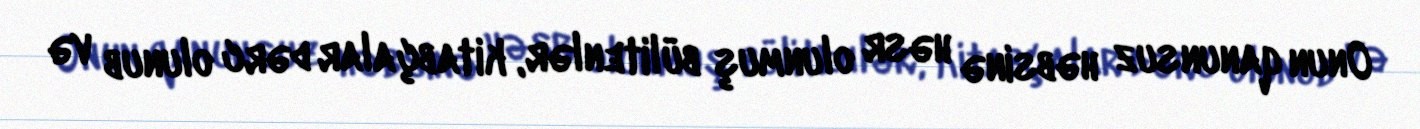
Onun qanunsuz həbsinə həsr olunmuş bülitenlər, kitabçalar dərc olunub və